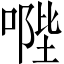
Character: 𠹯